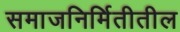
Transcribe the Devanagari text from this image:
समाजनिर्मितीतील